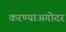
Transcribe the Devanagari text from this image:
करण्याअगोदर